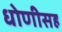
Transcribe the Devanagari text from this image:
धोणीसह